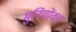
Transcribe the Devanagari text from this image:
मुनियोंका